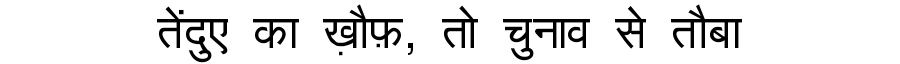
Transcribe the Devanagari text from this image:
तेंदुए का ख़ौफ़, तो चुनाव से तौबा